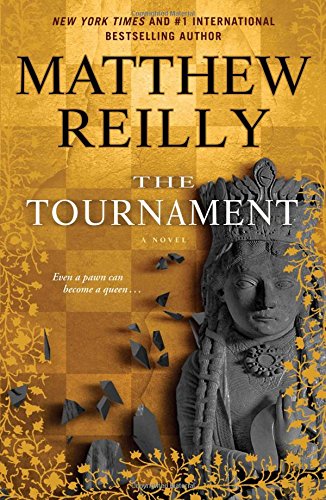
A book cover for The Tournament; Matthew Reilly; Mystery, Thriller & Suspense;